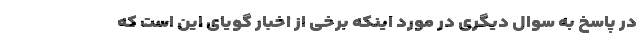
در پاسخ به سوال دیگری در مورد اینکه برخی از اخبار گویای این است که